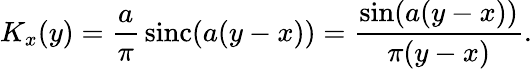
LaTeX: K_{x}(y)={\frac{a}{\pi}}\operatorname{sinc}(a(y-x))={\frac{\sin(a(y-x))}{\pi(y-x)}}.